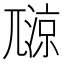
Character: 𡰏